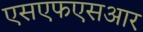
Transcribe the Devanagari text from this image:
एसएफएसआर